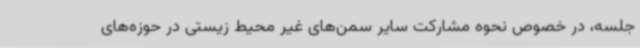
جلسه، در خصوص نحوه مشارکت سایر سمن‌های غیر محیط زیستی در حوزه‌های